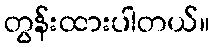
တွန်းထားပါတယ်။